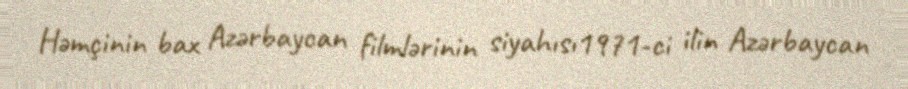
Həmçinin bax Azərbaycan filmlərinin siyahısı1971-ci ilin Azərbaycan